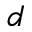
^ d